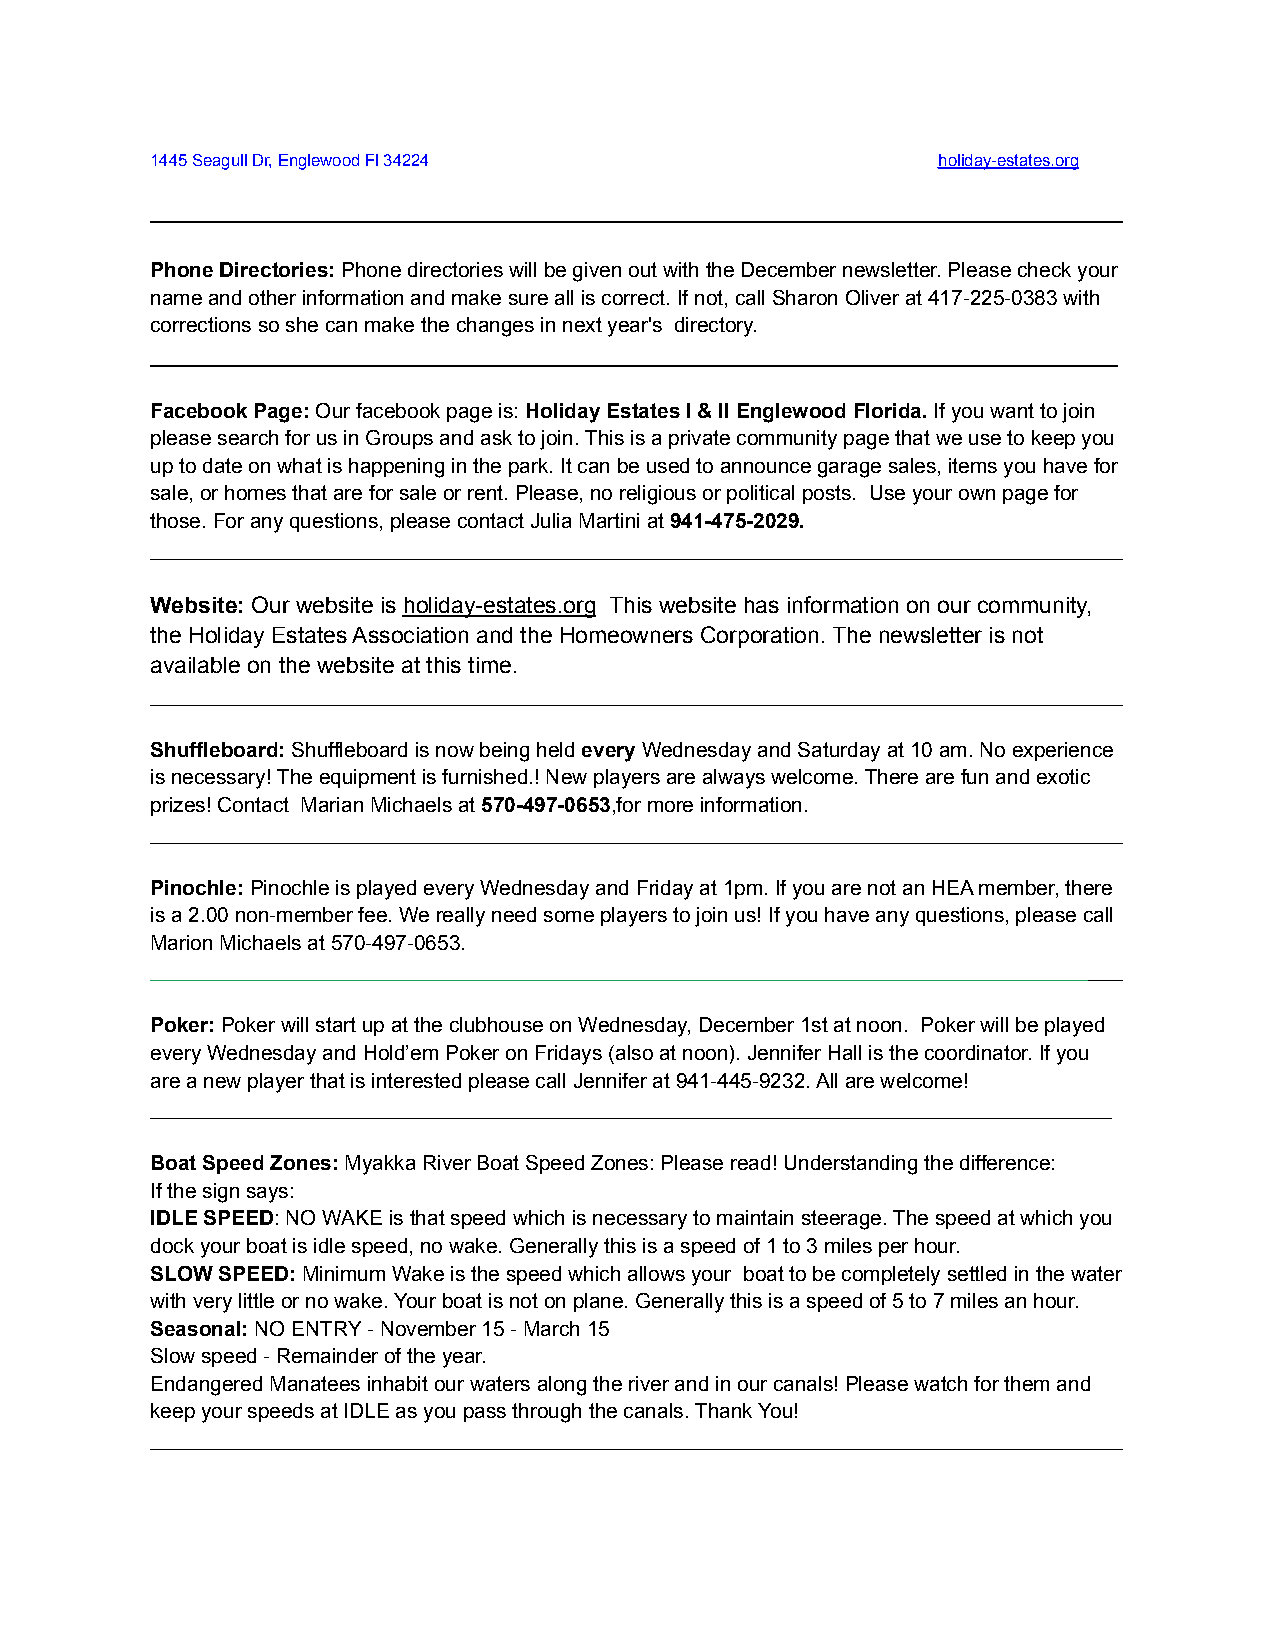
1445 Seagull Dr, Englewood Fl 34224                 holiday-estates.org
 ____________________________________________________________________________________
 Phone Directories:Phone directories will be givenout with the December newsletter. Please check your
 name and other information and make sure all is correct. If not, call Sharon Oliver at 417-225-0383 with
 corrections so she can make the changes in next year's directory.
 ____________________________________________________________________________
 Facebook Page:Our facebook page is:Holiday EstatesI & II Englewood Florida.If you want to join
 please search for us in Groups and ask to join. This is a private community page that we use to keep you
 up to date on what is happening in the park. It can be used to announce garage sales, items you have for
 sale, or homes that are for sale or rent. Please, no religious or political posts. Use your own page for
 those. For any questions, please contact Julia Martini at941-475-2029.
 ____________________________________________________________________________________
 Website: Our website is holiday-estates.org This website has information on our community,
 the Holiday Estates Association and the Homeowners Corporation. The newsletter is not
 available on the website at this time.
 ____________________________________________________________________________________
 Shuffleboard:Shuffleboard is now being heldeveryWednesday and Saturday at 10 am. No experience
 is necessary! The equipment is furnished.! New players are always welcome. There are fun and exotic
 prizes! Contact Marian Michaels at570-497-0653,formore information.
 ____________________________________________________________________________________
 Pinochle:Pinochle is played every Wednesday and Fridayat 1pm. If you are not an HEA member, there
 is a 2.00 non-member fee. We really need some players to join us! If you have any questions, please call
 Marion Michaels at 570-497-0653.
 ____________________________________________________________________________________
 Poker:Poker will start up at the clubhouse on Wednesday,December 1st at noon. Poker will be played
 every Wednesday and Hold’em Poker on Fridays (also at noon). Jennifer Hall is the coordinator. If you
 are a new player that is interested please call Jennifer at 941-445-9232. All are welcome!
 ___________________________________________________________________________________
 Boat Speed Zones:Myakka River Boat Speed Zones: Pleaseread! Understanding the difference:
 If the sign says:
 IDLE SPEED: NO WAKE is that speed which is necessaryto maintain steerage. The speed at which you
 dock your boat is idle speed, no wake. Generally this is a speed of 1 to 3 miles per hour.
 SLOW SPEED:Minimum Wake is the speed which allowsyour boat to be completely settled in the water
 with very little or no wake. Your boat is not on plane. Generally this is a speed of 5 to 7 miles an hour.
 Seasonal:NO ENTRY - November 15 - March 15
 Slow speed - Remainder of the year.
 Endangered Manatees inhabit our waters along the river and in our canals! Please watch for them and
 keep your speeds at IDLE as you pass through the canals. Thank You!
 ____________________________________________________________________________________